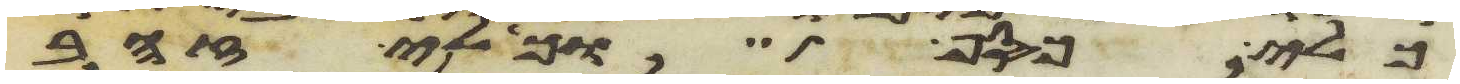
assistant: כלי כסף וכלי זהב